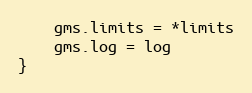
Language: Go
	gms.limits = *limits
	gms.log = log
}